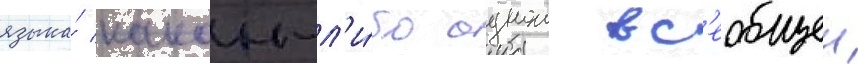
языка́ какои-л'и́бо однои вс'еобщеи